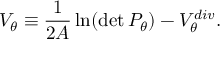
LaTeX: V _ { \theta } \equiv { \frac { 1 } { 2 { \cal A } } } \, { \ln } ( \operatorname * { d e t } P _ { \theta } ) - V _ { \theta } ^ { d i v } .